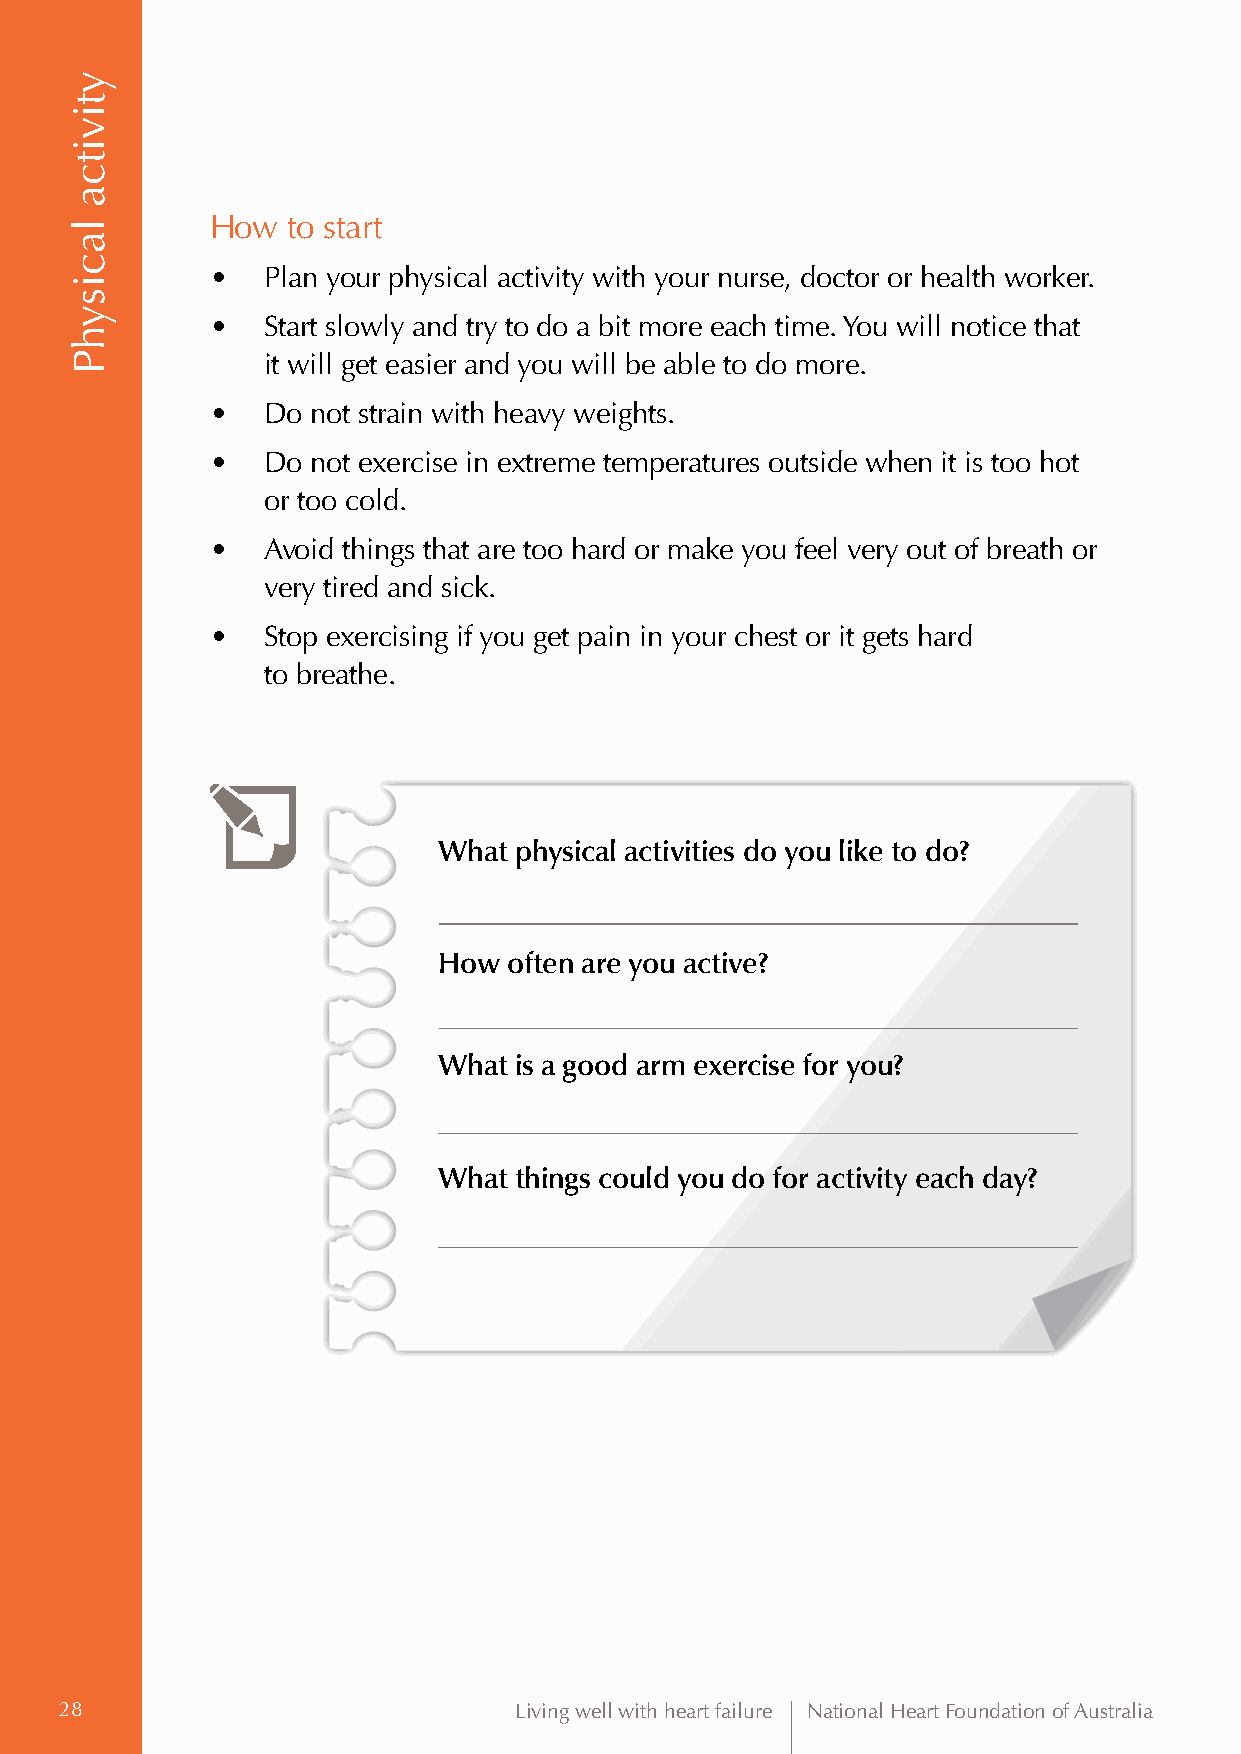
How  to start
 •  Plan your physical activity with your nurse, doctor or health worker.
 •  S tart slowly and try to do a bit more each time. You will notice that
 it will get easier and you will be able to do more.
 •  Do  not strain with heavy weights.
 •  D o not exercise in extreme temperatures outside when it is too hot
 or too cold.
 •  A void things that are too hard or make you feel very out of breath or
 very tired and sick.
 •  S top exercising if you get pain in your chest or it gets hard
 to breathe.
 What physical activities do you like to do?
 How  often are you active?
 What is a good arm exercise for you?
 What things could you do for activity each day?
 28                            Living well with heart failure National Heart Foundation of Australia
 ytivitca
 lacisyhP